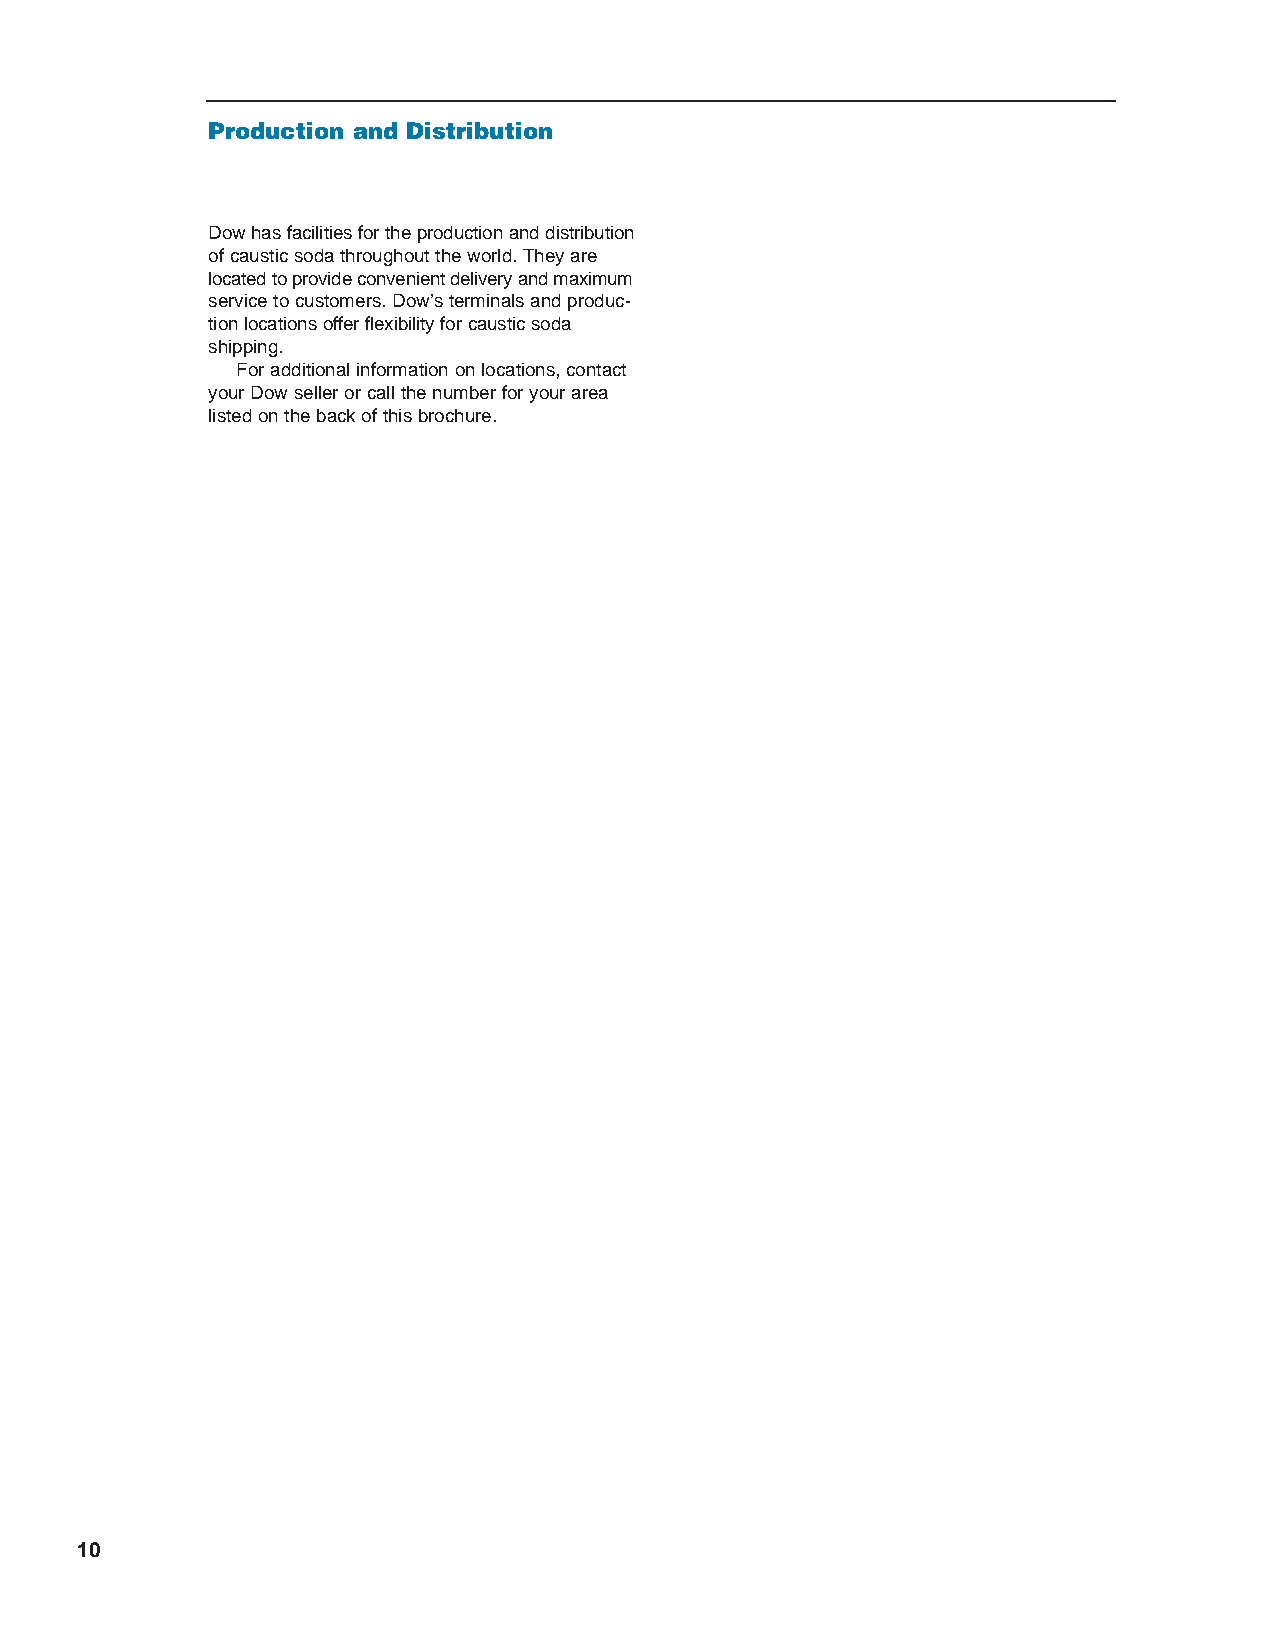
CMC31025.qxd 1/13/04 1:45 PM Page 10
 Production and Distribution
 Dow has facilities for the production and distribution
 of caustic soda throughout the world. They are
 located to provide convenient delivery and maximum
 service to customers. Dow’s terminals and produc-
 tion locations offer flexibility for causticsoda
 shipping.
 For additional information on locations, contact
 your Dow seller or call the number for your area
 listed on the back of this brochure.
 10